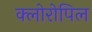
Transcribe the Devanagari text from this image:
क्लोरोपिल